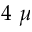
4 ~ \mu